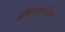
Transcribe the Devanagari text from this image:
ऑस्कयुलेटिग